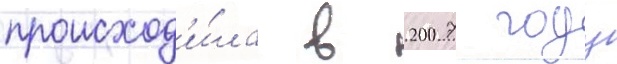
происход'и́ла в 2007 году